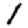
Digit: 1